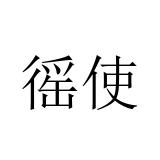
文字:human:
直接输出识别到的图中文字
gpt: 徭使